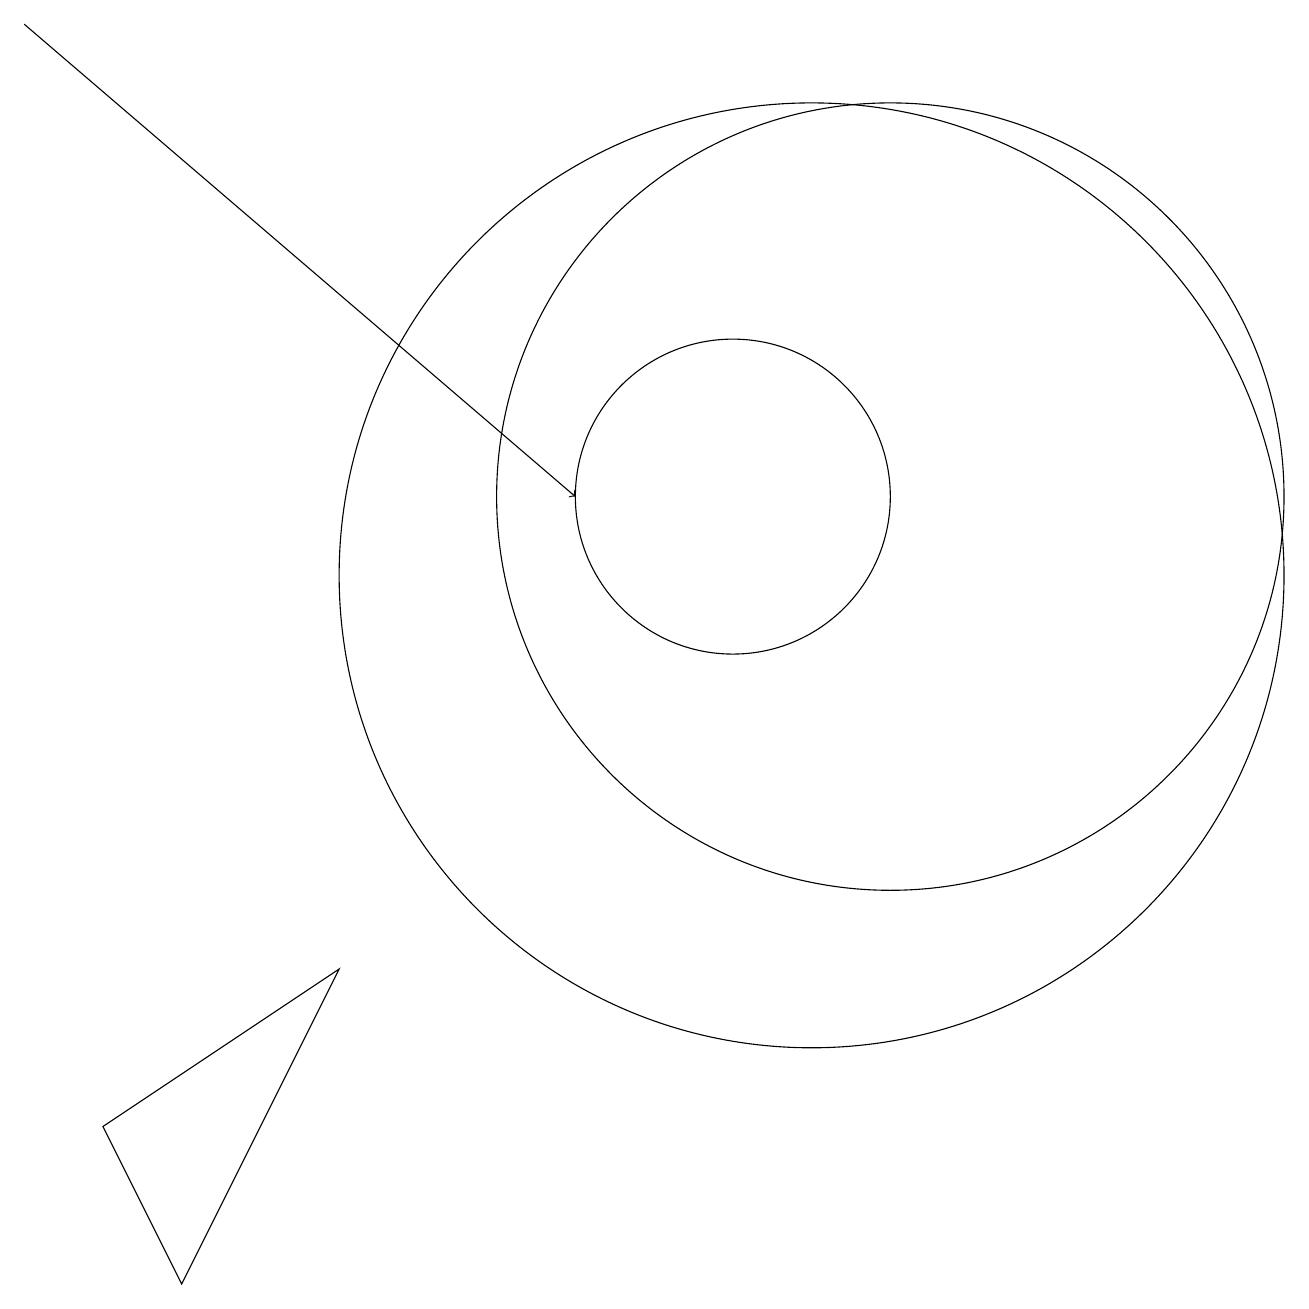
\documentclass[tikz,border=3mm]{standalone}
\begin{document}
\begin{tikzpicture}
\draw (12,11) circle (5);
\draw[->] (1,17) -- (8,11);
\draw (2,3) -- (5,5) -- (3,1) -- cycle;
\draw (10,11) circle (2);
\draw (11,10) circle (6);
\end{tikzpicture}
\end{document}